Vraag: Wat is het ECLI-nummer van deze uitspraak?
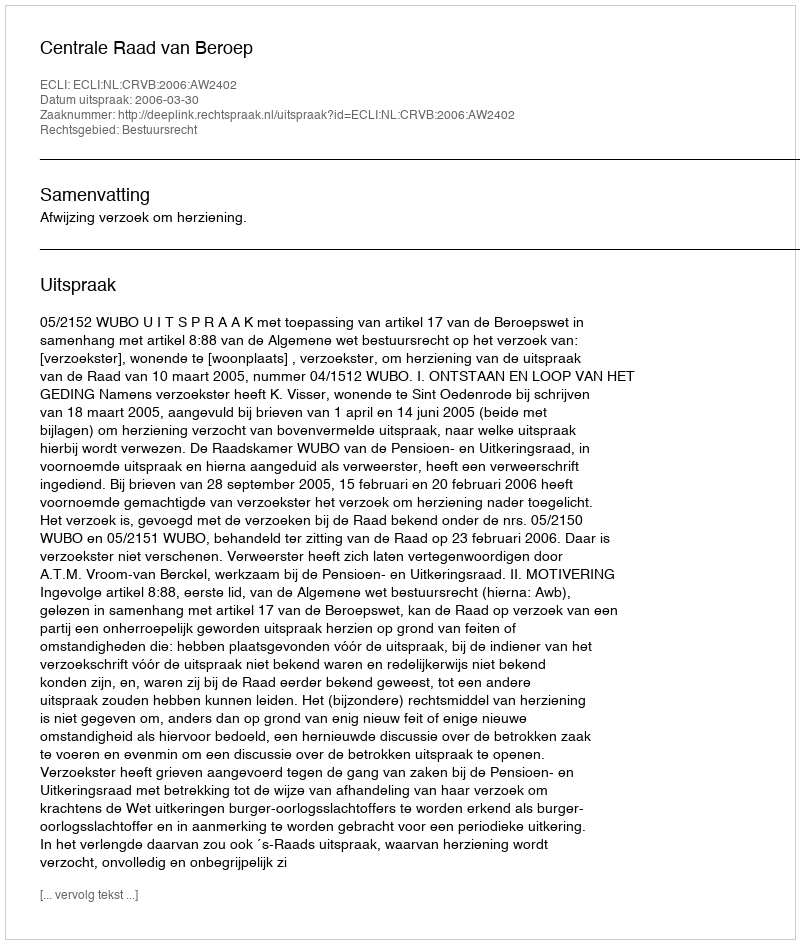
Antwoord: ECLI:NL:CRVB:2006:AW2402